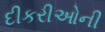
દીકરીઓની